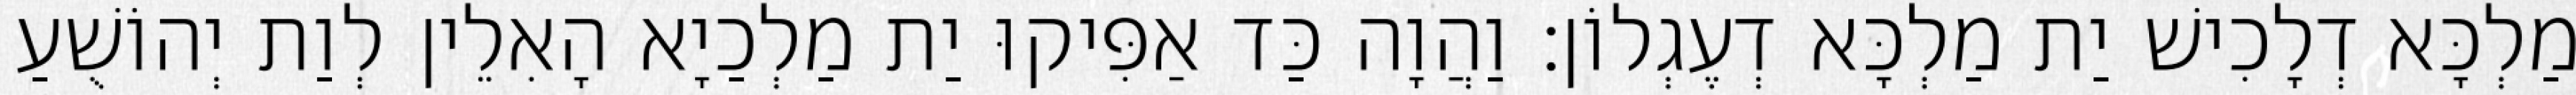
מַלְכָּא דְלָכִישׁ יַת מַלְכָּא דְעֶגְלוֹן׃ וַהֲוָה כַּד אַפִּיקוּ יַת מַלְכַיָא הָאִלֵין לְוַת יְהוֹשֻׁעַ